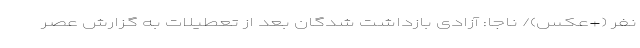
نفر (+عکس)/ ناجا: آزادی بازداشت شدگان بعد از تعطیلات به گزارش عصر